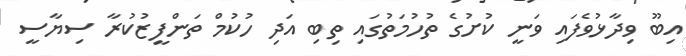
އިބޫ ވިދާޅުވެފައި ވަނީ ކުށުގެ ތުހުމަތުގައި ތިބި އަދި ހުކުމް ތަންފީޒުކުރާ ސިޔާސީ